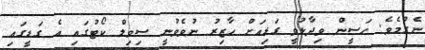
ނެގުމެވެ. ހަސީން ވިދާޅުވީ ގަޑިއަށް ހާޒިރު ނުވެވުނީ ސިވިލް ކޯޓުގައި އެ ގަޑީގައި